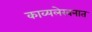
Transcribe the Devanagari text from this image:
काव्यलेखनात